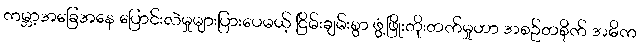
ကမ္ဘာ့အခြေအနေ ပြောင်းလဲမှုများပြားပေမယ့် ငြိမ်းချမ်းစွာ ဖွံ့ဖြိုးတိုးတက်မှုဟာ အစဉ်တစိုက် အဓိက